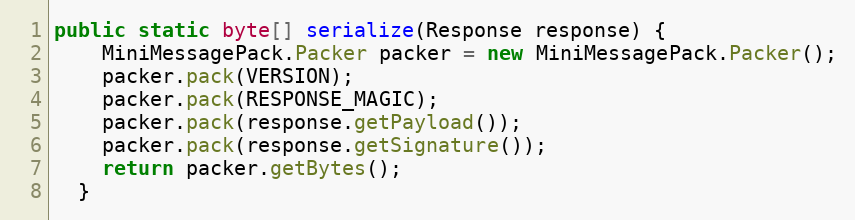
Language: Java
public static byte[] serialize(Response response) {
    MiniMessagePack.Packer packer = new MiniMessagePack.Packer();
    packer.pack(VERSION);
    packer.pack(RESPONSE_MAGIC);
    packer.pack(response.getPayload());
    packer.pack(response.getSignature());
    return packer.getBytes();
  }